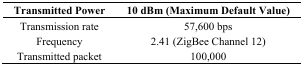
<table><thead><tr><td><b>Transmitted Power</b></td><td><b>10 dBm (Maximum Default Value)</b></td></tr></thead><tbody><tr><td>Transmission rate</td><td>57,600 bps</td></tr><tr><td>Frequency</td><td>2.41 (ZigBee Channel 12)</td></tr><tr><td>Transmitted packet</td><td>100,000</td></tr></tbody></table>